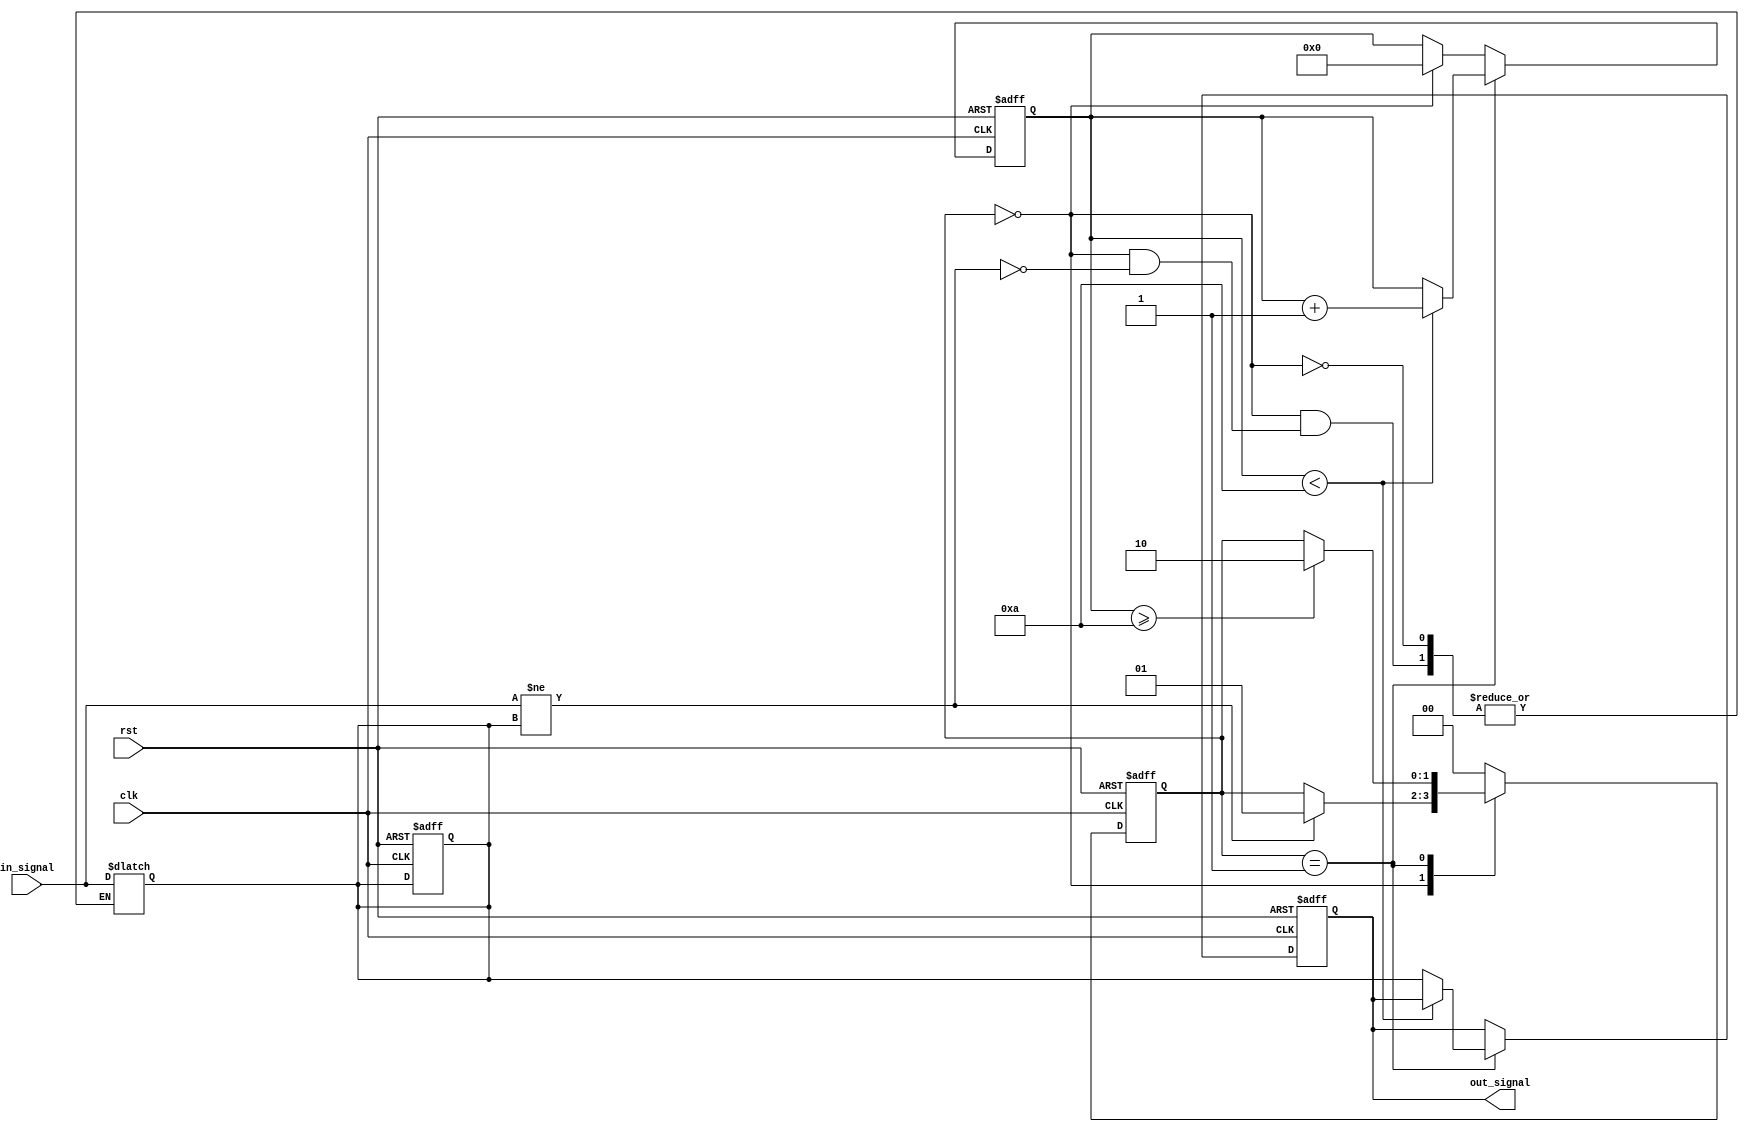
module Delay #(
    parameter DELAY_TIME = 10  // Delay time in time units (e.g., ns)
)(
    input wire clk,              // Clock signal
    input wire rst,              // Reset signal
    input wire in_signal,        // Input signal to be delayed
    output reg out_signal        // Output signal reflecting the delayed input
);

    // State variables
    reg [1:0] state;             // State of the FSM
    reg [1:0] next_state;        // Next state of the FSM
    reg in_signal_d;             // Delayed version of the input signal
    reg [31:0] counter;          // Counter for delay timing

    // State definitions
    localparam IDLE = 2'b00;
    localparam DELAY = 2'b01;
    localparam UPDATE = 2'b10;

    // Sequential logic
    always @(posedge clk or posedge rst) begin
        if (rst) begin
            out_signal <= 0;      // Reset output signal
            state <= IDLE;        // Reset state to IDLE
            counter <= 0;         // Reset counter
            in_signal_d <= 0;     // Reset delayed input signal
        end else begin
            state <= next_state;  // Update state
            if (state == DELAY) begin
                if (counter < DELAY_TIME) begin
                    counter <= counter + 1;  // Increment counter
                end else begin
                    out_signal <= in_signal_d; // Update output signal
                end
            end else if (state == IDLE) begin
                counter <= 0;  // Reset the counter when in IDLE
            end
        end
    end

    // Combinational Logic for FSM
    always @(*) begin
        next_state = state; // Default to stay in current state
        case (state)
            IDLE: begin
                // If input signal changes, capture the input and move to DELAY state
                if (in_signal != in_signal_d) begin
                    in_signal_d = in_signal; // Capture the new value
                    next_state = DELAY;      // Transition to DELAY state
                end
            end
            DELAY: begin
                // After entering DELAY state, switch to UPDATE state once the delay is over
                if (counter >= DELAY_TIME) begin
                    next_state = UPDATE;
                end
            end
            UPDATE: begin
                next_state = IDLE;  // After updating the output, go back to IDLE state
            end
            default: next_state = IDLE; // Fallback to IDLE
        endcase
    end

endmodule